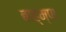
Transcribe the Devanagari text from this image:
बाह्म्ण